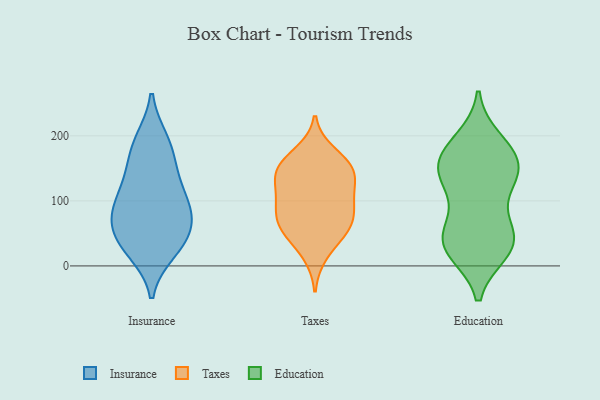
{"axis": {"x": "Inventory Turnover", "y": "Value"}, "legend": ["Education", "Insurance", "Taxes"], "data": [{"x": "", "y": 22, "type": "Insurance"}, {"x": "", "y": 189, "type": "Insurance"}, {"x": "", "y": 26, "type": "Insurance"}, {"x": "", "y": 62, "type": "Insurance"}, {"x": "", "y": 86, "type": "Insurance"}, {"x": "", "y": 88, "type": "Insurance"}, {"x": "", "y": 48, "type": "Insurance"}, {"x": "", "y": 104, "type": "Insurance"}, {"x": "", "y": 41, "type": "Insurance"}, {"x": "", "y": 162, "type": "Insurance"}, {"x": "", "y": 193, "type": "Insurance"}, {"x": "", "y": 142, "type": "Insurance"}, {"x": "", "y": 119, "type": "Insurance"}, {"x": "", "y": 75, "type": "Insurance"}, {"x": "", "y": 150, "type": "Taxes"}, {"x": "", "y": 100, "type": "Taxes"}, {"x": "", "y": 83, "type": "Taxes"}, {"x": "", "y": 110, "type": "Taxes"}, {"x": "", "y": 99, "type": "Taxes"}, {"x": "", "y": 173, "type": "Taxes"}, {"x": "", "y": 134, "type": "Taxes"}, {"x": "", "y": 67, "type": "Taxes"}, {"x": "", "y": 147, "type": "Taxes"}, {"x": "", "y": 18, "type": "Taxes"}, {"x": "", "y": 144, "type": "Taxes"}, {"x": "", "y": 53, "type": "Taxes"}, {"x": "", "y": 60, "type": "Taxes"}, {"x": "", "y": 156, "type": "Taxes"}, {"x": "", "y": 55, "type": "Taxes"}, {"x": "", "y": 53, "type": "Education"}, {"x": "", "y": 60, "type": "Education"}, {"x": "", "y": 141, "type": "Education"}, {"x": "", "y": 31, "type": "Education"}, {"x": "", "y": 173, "type": "Education"}, {"x": "", "y": 23, "type": "Education"}, {"x": "", "y": 143, "type": "Education"}, {"x": "", "y": 36, "type": "Education"}, {"x": "", "y": 192, "type": "Education"}, {"x": "", "y": 170, "type": "Education"}, {"x": "", "y": 145, "type": "Education"}, {"x": "", "y": 120, "type": "Education"}, {"x": "", "y": 130, "type": "Education"}, {"x": "", "y": 176, "type": "Education"}, {"x": "", "y": 43, "type": "Education"}, {"x": "", "y": 25, "type": "Education"}]}